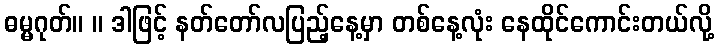
ဓမ္မဂုတ်။ ။ ဒါဖြင့် နတ်တော်လပြည့်နေ့မှာ တစ်နေ့လုံး နေထိုင်ကောင်းတယ်လို့